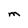
Character: M